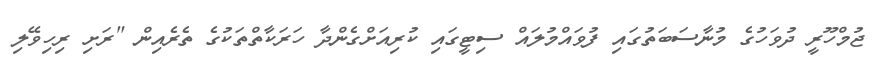
ޖުމްހޫރީ ދުވަހުގެ މުނާސަބަތުގައި ފުވައްމުލައް ސިޓީގައި ކުރިއަށްގެންދާ ހަރަކާތްތަކުގެ ތެރެއިން "ރަށި ރިހިވޭލި